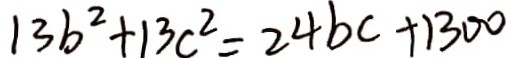
1 3 b ^ { 2 } + 1 3 c ^ { 2 } = 2 4 b c + 1 3 0 0